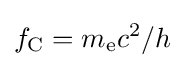
f_{\text{C}}=m_{\text{e}}c^{2}/h